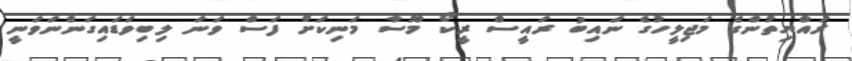
ރައްޔިތުންގެ މަޖިލީހުގެ ނައިބު ރައީސް ރީކޯ މޫސާ މަނިކަށް ފަސް ވަނަ ލިބިވަޑައިގަންނަވަނީ